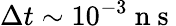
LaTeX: \Delta t\sim 10^{-3}\mathrm{~n~s~}